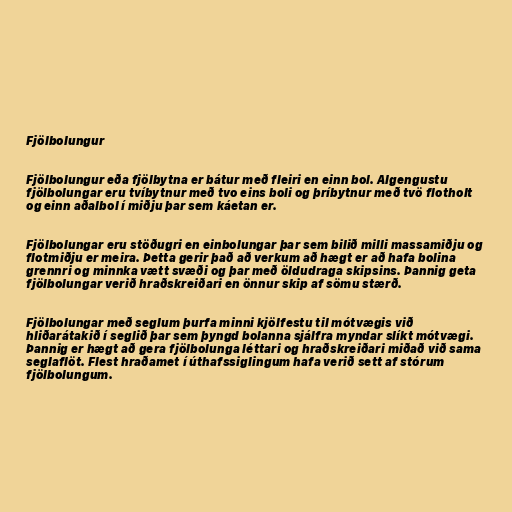
Fjölbolungur

Fjölbolungur eða fjölbytna er bátur með fleiri en einn bol. Algengustu
fjölbolungar eru tvíbytnur með tvo eins boli og þríbytnur með tvö flotholt
og einn aðalbol í miðju þar sem káetan er.

Fjölbolungar eru stöðugri en einbolungar þar sem bilið milli massamiðju og
flotmiðju er meira. Þetta gerir það að verkum að hægt er að hafa bolina
grennri og minnka vætt svæði og þar með öldudraga skipsins. Þannig geta
fjölbolungar verið hraðskreiðari en önnur skip af sömu stærð.

Fjölbolungar með seglum þurfa minni kjölfestu til mótvægis við
hliðarátakið í seglið þar sem þyngd bolanna sjálfra myndar slíkt mótvægi.
Þannig er hægt að gera fjölbolunga léttari og hraðskreiðari miðað við sama
seglaflöt. Flest hraðamet í úthafssiglingum hafa verið sett af stórum
fjölbolungum.